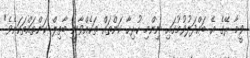
ވީމާ ރޭގެ އެ ބައްދަލުވުމުގައި ނިންމި ހުރިހާ ކަންތައް ތަކެއްވާނީ ބާތިލް ކަންތައްތަކަށެވެ"